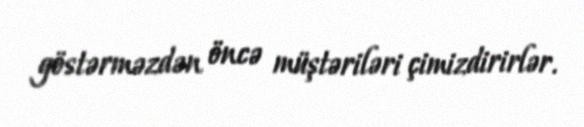
göstərməzdən öncə müştəriləri çimizdirirlər.